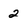
Character: 2